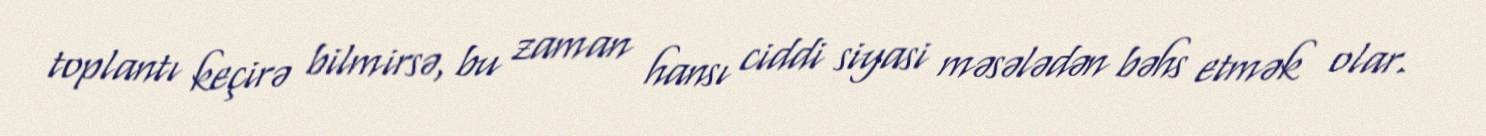
toplantı keçirə bilmirsə, bu zaman hansı ciddi siyasi məsələdən bəhs etmək olar.